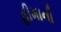
હીમાની